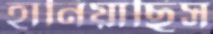
হানিয়াছিস